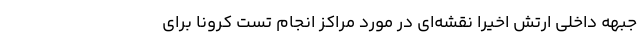
جبهه داخلی ارتش اخیرا نقشه‌ای در مورد مراکز انجام تست کرونا برای